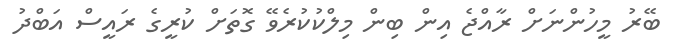
ބޭރު މީހުންނަށް ރާއްޖެ އިން ބިން މިލްކުކުރެވޭ ގޮތަށް ކުރީގެ ރައީސް އަބްދު